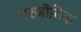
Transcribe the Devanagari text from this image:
परजीविक